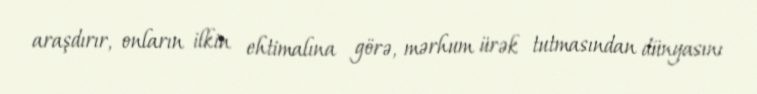
araşdırır, onların ilkin ehtimalına görə, mərhum ürək tutmasından dünyasını